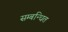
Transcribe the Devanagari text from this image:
सम्‍बन्‍धित